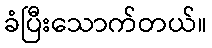
ခံပြီးသောက်တယ်။